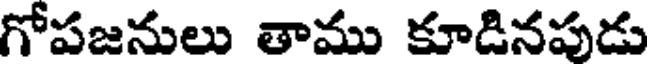
గోపజనులు తాము కూడినపుడు